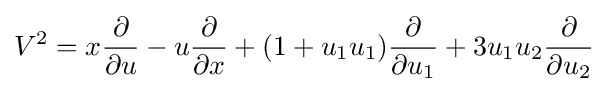
V^{2}=x{\frac {\partial }{\partial u}}-u{\frac {\partial }{\partial x}}+(1+u_{1}u_{1}){\frac {\partial }{\partial u_{1}}}+3u_{1}u_{2}{\frac {\partial }{\partial u_{2}}}